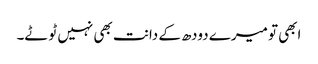
ابھی تو میرے دودھ کے دانت بھی نہیں ٹوٹے۔